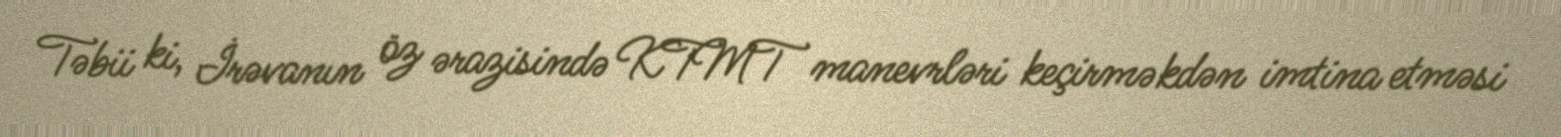
Təbii ki, İrəvanın öz ərazisində KTMT manevrləri keçirməkdən imtina etməsi